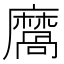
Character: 𪎩